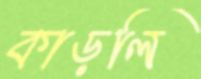
কাড়লি